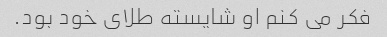
فکر می کنم او شایسته طلای خود بود.